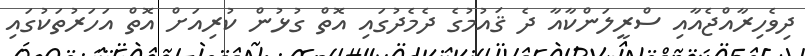
ދިވެހިރާއްޖެއާއި ސްރީލަންކާއާ ދެ ޤައުމުގެ ދެމެދުގައި އޮތް ގުޅުން ކުރިއަށް އޮތް އަހަރުތަކުގައި